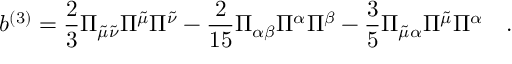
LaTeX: b ^ { ( 3 ) } = \frac { 2 } { 3 } \Pi _ { \tilde { \mu } \tilde { \nu } } \Pi ^ { \tilde { \mu } } \Pi ^ { \tilde { \nu } } - \frac { 2 } { 1 5 } \Pi _ { \alpha \beta } \Pi ^ { \alpha } \Pi ^ { \beta } - \frac { 3 } { 5 } \Pi _ { \tilde { \mu } \alpha } \Pi ^ { \tilde { \mu } } \Pi ^ { \alpha } \quad .